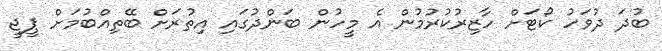
ބުދަ ދުވަހު ކޯޓަށް ހާޒިރުކުރުމުން އެ މީހުން ބަންދުގައި އިތުރަށް ބޭތިއްބުމަށް ޕީޖީ